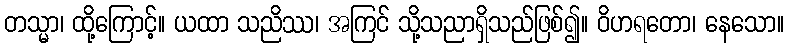
တသ္မာ၊ ထို့ကြောင့်။ ယထာ သညိဿ၊ အကြင် သို့သညာရှိသည်ဖြစ်၍။ ဝိဟရတော၊ နေသော။